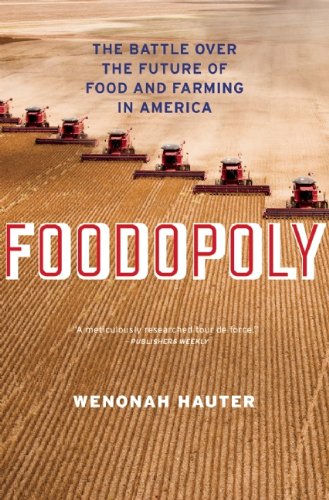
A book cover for Foodopoly: The Battle Over the Future of Food and Farming in America; Wenonah Hauter; Science & Math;